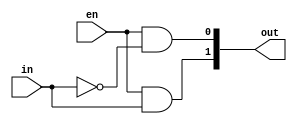
module onetotwo(in,out,en);
 input in;
 input en;
 output [1:0]out;
  
 assign out[0]= en&~in;
 assign out[1]= en&in;

endmodule